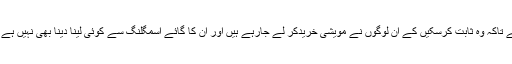
مگر ان کے پاس دستاویزات موجود تھے تاکہ وہ ثابت کرسکیں کے ان لوگوں نے مویشی خریدکر لے جارہے ہیں اور ان کا گائے اسمگلنگ سے کوئی لینا دینا بھی نہیں ہے اور نہ ہی گائے ذبیحہ ان کا مقصد ہے۔